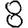
Digit: 8